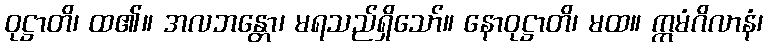
ဝုဋ္ဌာတိ၊ ထ၏။ အလဘန္တော၊ မရသည်ရှိသော်။ နောဝုဋ္ဌာတိ၊ မထ။ ဣမံဂိလာနံ၊